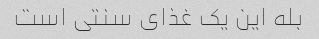
بله این یک غذای سنتی است